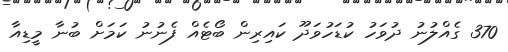
370 ގެއްލުނު ދުވަހު ކުޑަހުވަދޫ ކައިރިން ބޯޓެއް ފެނުނު ކަމަށް ބުނާ މީޑިއާ